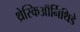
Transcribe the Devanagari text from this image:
थ्रेस्किऑर्निथिडे